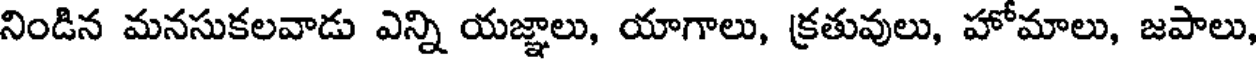
నిండిన మనసుకలవాడు ఎన్ని యజ్ఞాలు, యాగాలు, క్రతువులు, హోమాలు, జపాలు,